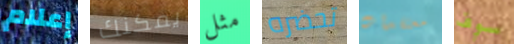
إعلام يمكنك مثل تحضره معتقدات سوف